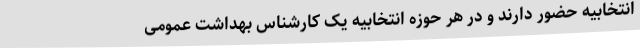
انتخابیه حضور دارند و در هر حوزه انتخابیه یک کارشناس بهداشت عمومی